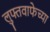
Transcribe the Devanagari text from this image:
लुफ्तवाफेच्या